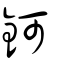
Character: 鈳